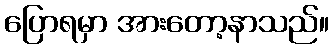
ပြောရမှာ အားတော့နာသည်။